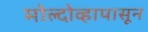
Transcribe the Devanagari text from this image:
मोल्दोव्हापासून